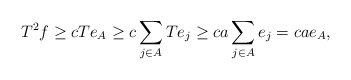
\begin{align*}T^2 f \ge c T e_A \ge c \sum_{j \in A} Te_j \ge ca \sum_{j \in A} e_j = ca e_A,\end{align*}